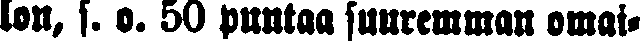
lon, s. o. 50 puntaa suuremman omai-